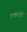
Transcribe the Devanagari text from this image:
एकलंड